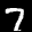
Label: 7